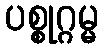
ပစ္စုဂ္ဂမ္မ